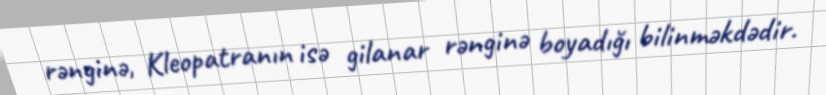
rənginə, Kleopatranın isə gilanar rənginə boyadığı bilinməkdədir.